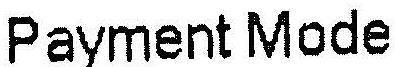
PAYMENT MODE